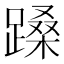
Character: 𬧉